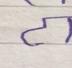
Signature authenticity: forged